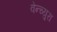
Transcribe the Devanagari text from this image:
वेन्च्युरा